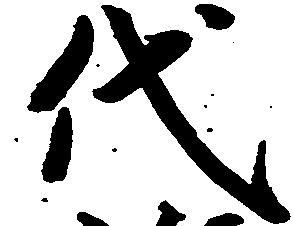
代